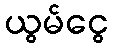
ယွမ်ငွေ